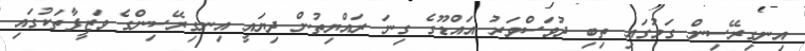
އިނގިރޭސިން ގަމުގައި ތިބި ދުވަސްވަރު އައްޑޫގެ ގިނަ ރައްޔިތުން ދިޔައީ އިނގިރޭސިންގެ ވަޒީފާތަކުގައި